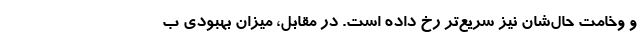
و وخامت حال‌شان نیز سریع‌تر رخ داده است. در مقابل، میزان بهبودی ب